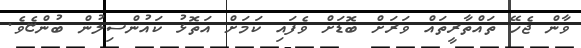
ވާން ޖެހޭ ތައްތާރީތައް ވަރަށް ބޮޑަށް ވެފައި ކަމަށް އަތޮޅު ކައުންސިލުން ބުންޏެވެ.